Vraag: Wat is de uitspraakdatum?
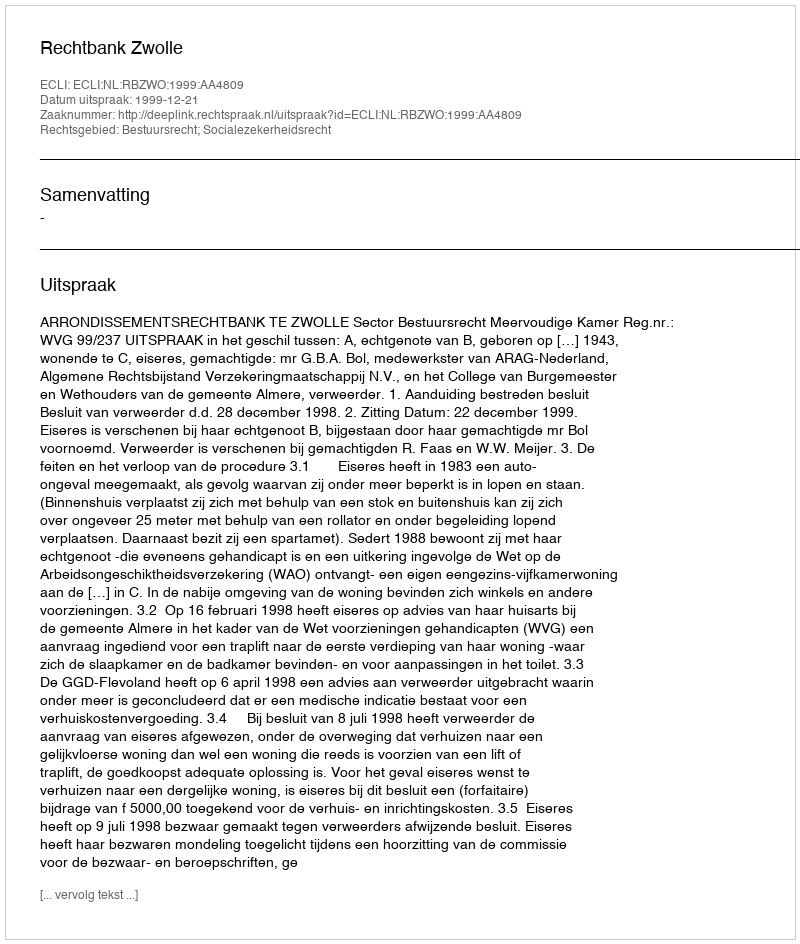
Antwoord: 1999-12-21